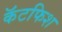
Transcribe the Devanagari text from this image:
कॅटफिश